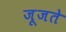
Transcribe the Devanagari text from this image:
जूजते